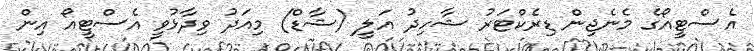
އެސްޓީއޯގެ މެނެޖިން ޑިރެކްޓަރު ޝާހިދު އަލީ (ޝާޑް) މިއަދު ވިދާޅުވީ އެސްޓީއޯ އިން